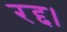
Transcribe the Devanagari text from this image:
रद्द।